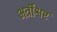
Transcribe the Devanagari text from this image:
भर्त्रीश्वर